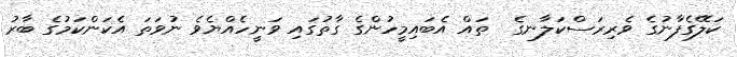
ކަލޭގެފާނުގެ ވެރިރަސްކަލާނގެ  ތައް އެބައިމީހުންގެ ގާތުގައި ވަނީހެއްޔެވެ ނުވަތަ އެކަންކަމުގެ ބާރު